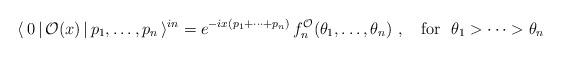
LaTeX: \begin{align*}\langle \,0\,|\,\mathcal{O}(x)\,|\,p_{1},\dots ,p_{n}\,\rangle^{in}=e^{-ix(p_{1}+\dots +p_{n})}\,f_{n}^{\mathcal{O}}(\theta _{1},\dots,\theta _{n})~,~~~\mathrm{for}~~\theta _{1}>\dots >\theta _{n}\end{align*}